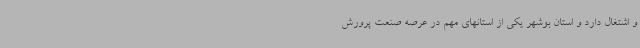
و اشتغال دارد و استان بوشهر یکی از استانهای مهم در عرصه صنعت پرورش